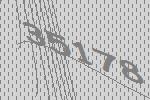
35178